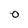
Character: O